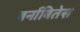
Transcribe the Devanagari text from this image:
बर्नाबितेस